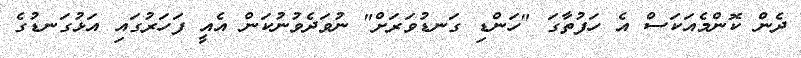
ދެން ކޮންމެއަކަސް އެ ހަފުތާގަ "ހަންޑި ގަނޑުވަރަށް" ނުވަދެވުނުކަން އެއީ ފަހަރުގައި އަޅުގަނޑުގެ